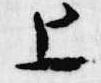
上